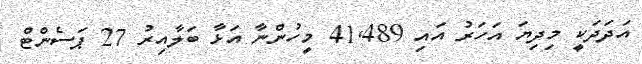
އަދަދަކީ މިދިޔަ އަހަރު އައި 41